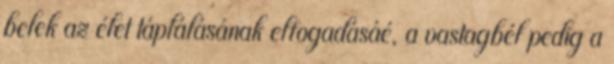
belek az élet táplálásának elfogadásáé, a vastagbél pedig a